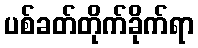
ပစ်ခတ်တိုက်ခိုက်ရာ